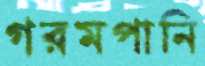
গরমপানি